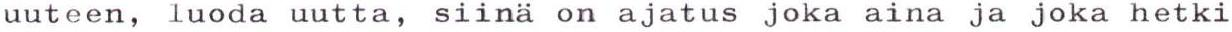
uuteen, luoda uutta, siinä on ajatus joka aina ja joka hetki